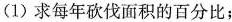
(1)求每年砍伐面积的百分比；